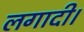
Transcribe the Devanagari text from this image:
लगादी।